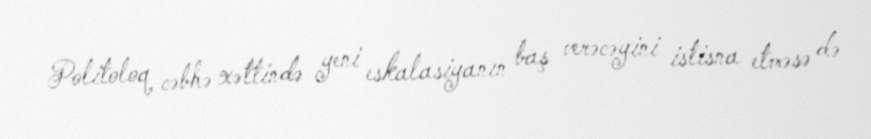
Politoloq cəbhə xəttində yeni eskalasiyanın baş verəcəyini istisna etməsə də